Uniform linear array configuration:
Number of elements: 4
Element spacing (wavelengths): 1
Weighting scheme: hamming
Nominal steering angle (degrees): -45
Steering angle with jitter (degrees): -45.508
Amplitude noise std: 0.05
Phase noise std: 0.05

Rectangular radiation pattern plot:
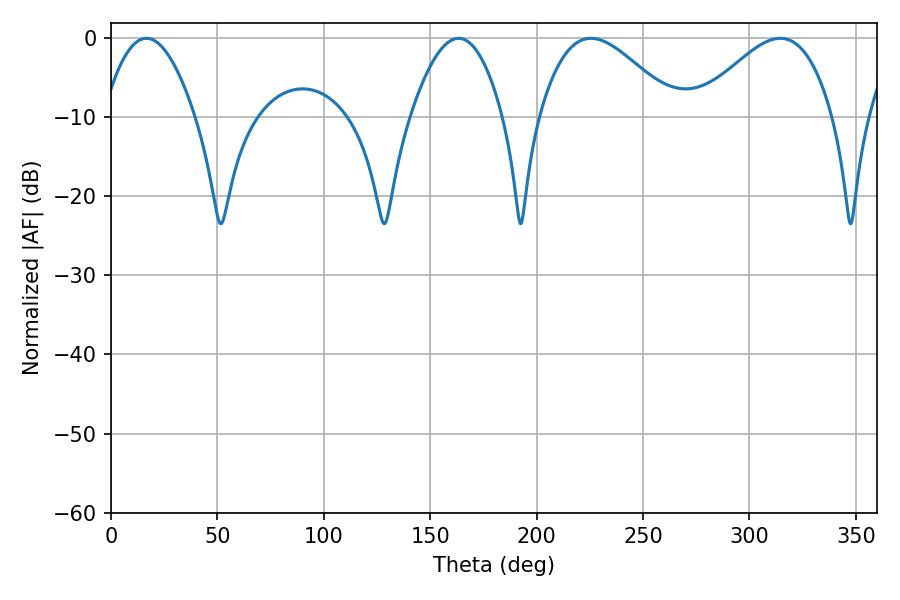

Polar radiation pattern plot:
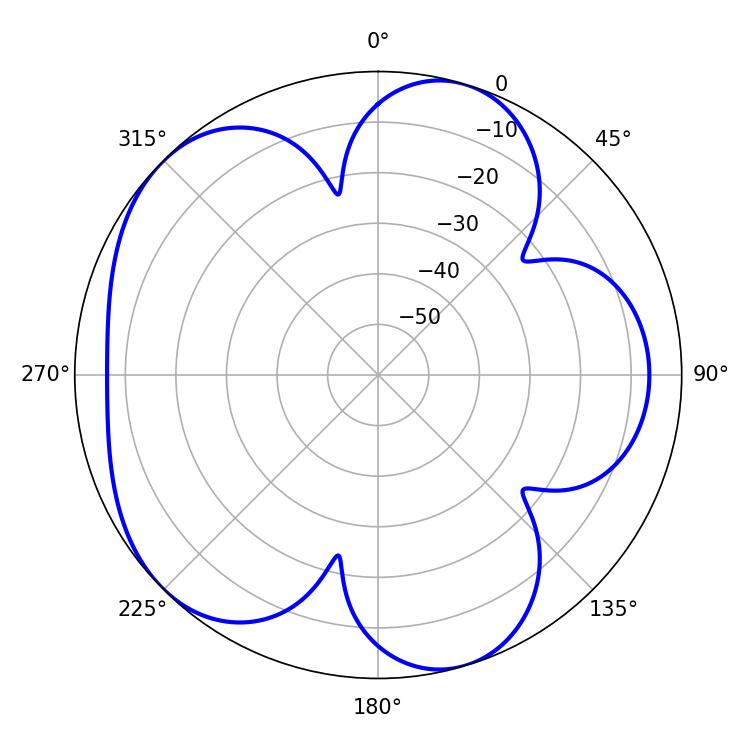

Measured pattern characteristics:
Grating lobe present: TRUE
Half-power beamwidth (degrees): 34.56
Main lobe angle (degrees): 225.54